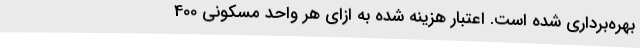
بهره‌برداری شده است. اعتبار هزینه شده به ازای هر واحد مسکونی 400